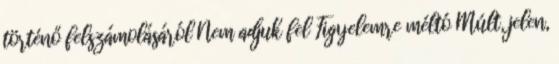
történő felszámolásáról Nem adjuk fel Figyelemre méltó Múlt, jelen,